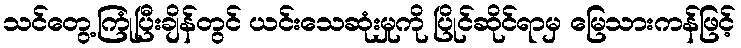
သင်တွေ့ကြုံပြီးချိန်တွင် ယင်းသေဆုံးမှုကို ပြိုင်ဆိုင်ရာမှ မြေသားကန်ဖြင့်